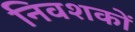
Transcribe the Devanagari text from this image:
निवशकों